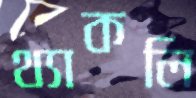
থ্যাকলি